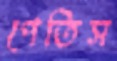
পেতিস